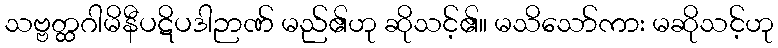
သဗ္ဗတ္ထဂါမိနီပဋိပဒါဉာဏ် မည်၏ဟု ဆိုသင့်၏။ မသိသော်ကား မဆိုသင့်ဟု